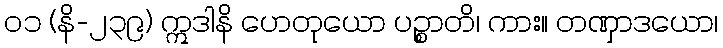
၀၁ (နိ-၂၃၉) ဣဒါနိ ဟေတုယော ပဉ္စာတိ၊ ကား။ တဏှာဒယော၊